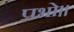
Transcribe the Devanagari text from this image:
प्रभो।।